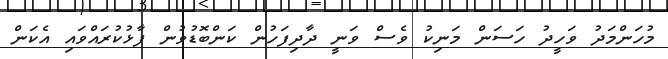
މުހަންމަދު ވަހީދު ހަސަން މަނިކު ވެސް ވަނީ ދާދިފަހުން ކަންބޮޑުވުން ފާޅުކުރައްވައި އެކަން